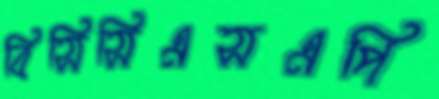
বিসিসিএসএপি